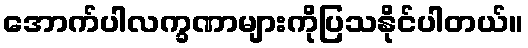
အောက်ပါလက္ခဏာများကိုပြသနိုင်ပါတယ်။